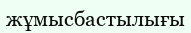
жұмысбастылығы